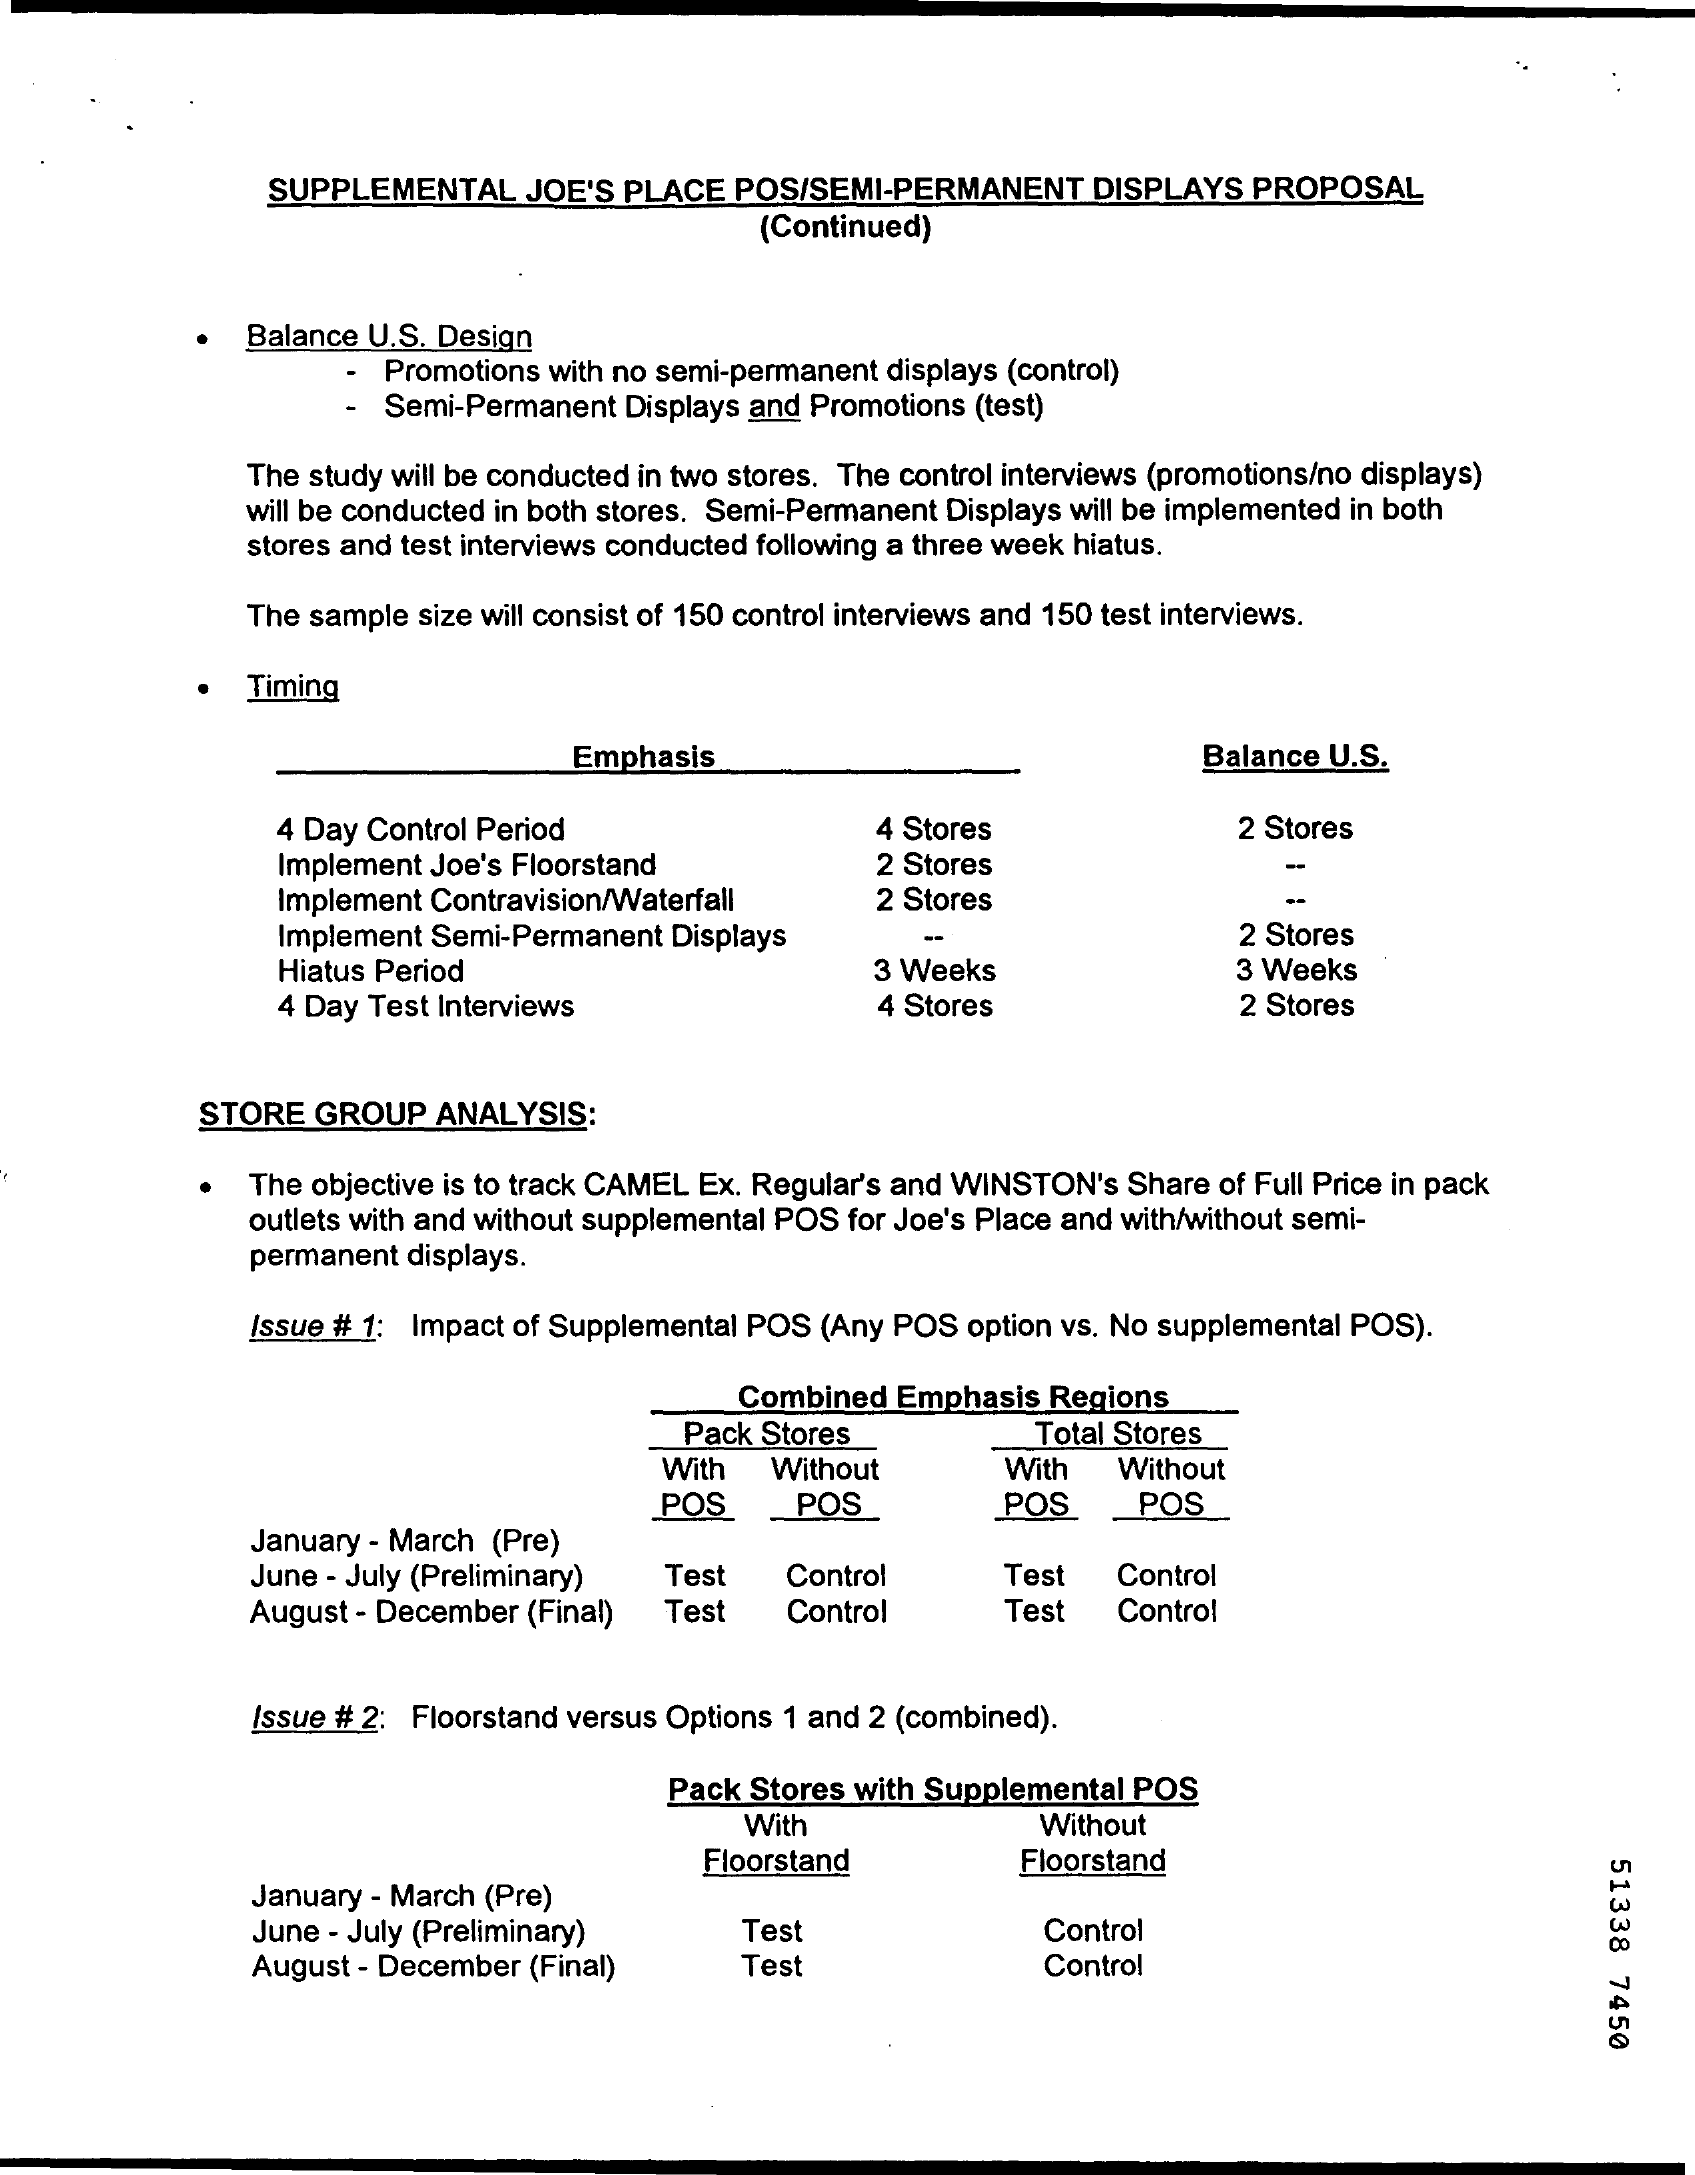
SUPPLEMENTAL    JOE'S PLACE  POS/SEMI-PERMANENT    DISPLAYS  PROPOSAL
     (Continued)
     Balance U.S. Design
     Promotions with no semi-permanent displays (control)
     Semi-Permanent  Displays and Promotions (test)
     The study will be conducted in two stores. The control interviews (promotions/no displays)
     will be conducted in both stores. Semi-Permanent Displays will be implemented in both
     stores and test interviews conducted following a three week hiatus.
     The sample size will consist of 150 control interviews and 150 test interviews.
     ·  Timing
     Emphasis    Balance U.S.
     4 Day Control Period    4 Stores    2 Stores
     Implement Joe's Floorstand    2 Stores
     Implement Contravision/Waterfall    2 Stores
     Implement Semi-Permanent Displays    2 Stores
     Hiatus Period    3 Weeks    3 Weeks
     4 Day Test Interviews    4 Stores    2 Stores
     STORE  GROUP   ANALYSIS:
     The objective is to track CAMEL Ex. Regular's and WINSTON's Share of Full Price in pack
     outlets with and without supplemental POS for Joe's Place and with/without semi-
     permanent displays.
     Issue # 1: Impact of Supplemental POS (Any POS option vs. No supplemental POS).
     Combined  Emphasis Regions
     Pack Stores    Total Stores
     With   Without    With   Without
     POS    POS    POS    POS
     January - March (Pre)
     June - July (Preliminary) Test    Control    Test   Control
     August - December (Final) Test    Control    Test   Control
     Issue # 2: Floorstand versus Options 1 and 2 (combined).
     Pack  Stores with Supplemental POS
     With    Without
     Floorstand    Floorstand
     51338
     7450
     January - March (Pre)
     June - July (Preliminary)    Test    Control
     August - December (Final)    Test    Control